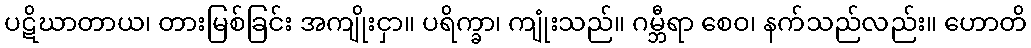
ပဋိဃာတာယ၊ တားမြစ်ခြင်း အကျိုးငှာ။ ပရိက္ခာ၊ ကျုံးသည်။ ဂမ္ဘီရာ စေဝ၊ နက်သည်လည်း။ ဟောတိ